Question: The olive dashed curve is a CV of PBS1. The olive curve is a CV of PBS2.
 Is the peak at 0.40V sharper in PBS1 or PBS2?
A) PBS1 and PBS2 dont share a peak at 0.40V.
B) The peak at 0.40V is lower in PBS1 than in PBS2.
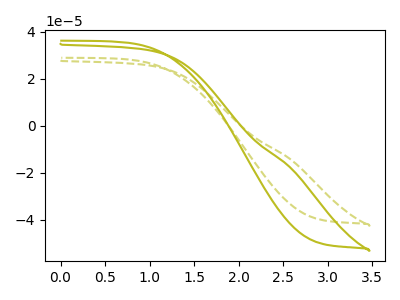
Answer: <think>The olive dashed curve "PBS1" has no peaks. The olive curve "PBS2" has no peaks.</think>
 <answer>A) "PBS1" and "PBS2" dont share a peak at 0.40V.</answer>
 <eval>A</eval>